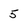
Character: 5